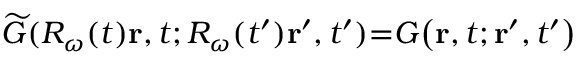
\widetilde { G } ( \ensuremath { R _ { \omega } } ( t ) \mathbf { r } , t ; \ensuremath { R _ { \omega } } ( t ^ { \prime } ) \mathbf { r } ^ { \prime } , t ^ { \prime } ) { = } G \big ( \mathbf { r } , t ; \mathbf { r } ^ { \prime } , t ^ { \prime } \big )